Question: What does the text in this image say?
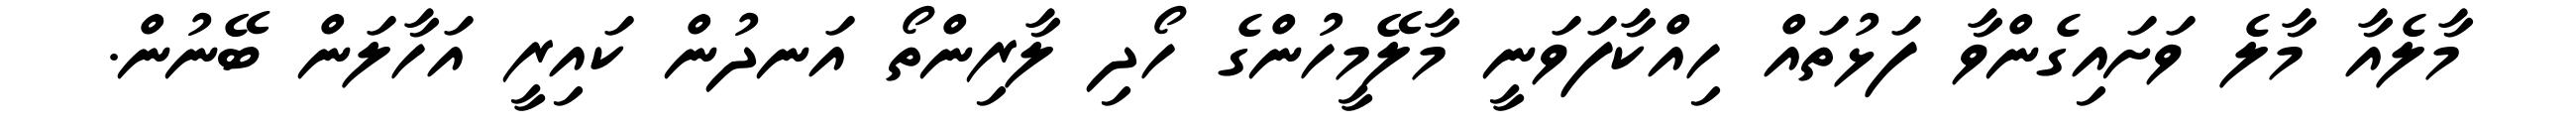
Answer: މާލެއާ މާލެ ވަށައިގެންވާ ފަޅުތައް ހިއްކާފަވަނީ މާލޭމީހުންގެ ހޯދި ލާރިންތޯ އަނދުން ކައިރީ އަހާލަން ބޭނުން.